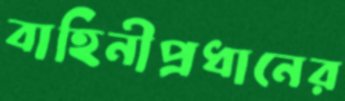
বাহিনীপ্রধানের